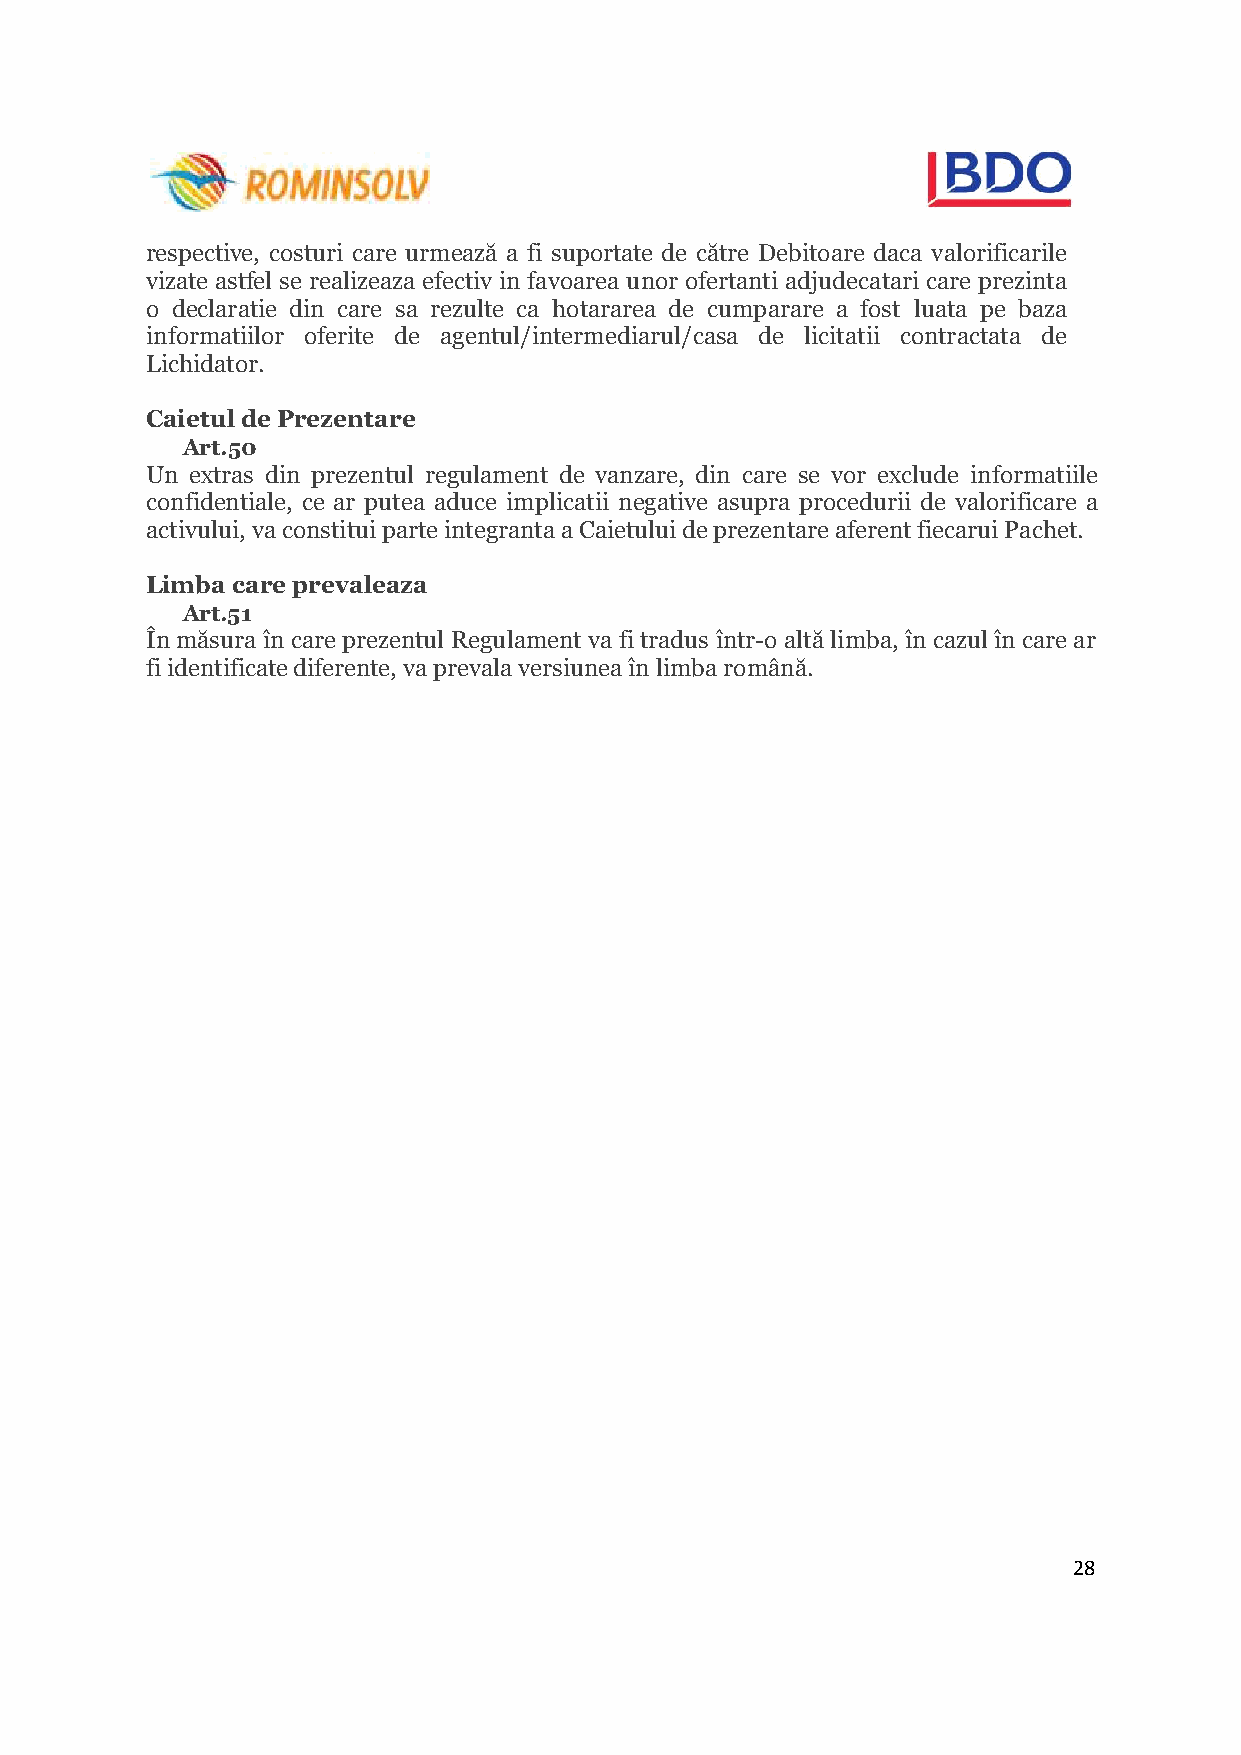
respective, costuri care urmează a fi suportate de către Debitoare daca valorificarile
 vizate astfel se realizeaza efectiv in favoarea unor ofertanti adjudecatari care prezinta
 o declaratie din care sa rezulte ca hotararea de cumparare a fost luata pe baza
 informatiilor oferite de agentul/intermediarul/casa de licitatii contractata de
 Lichidator.
 Caietul de Prezentare
 Art.50
 Un extras din prezentul regulament de vanzare, din care se vor exclude informatiile
 confidentiale, ce ar putea aduce implicatii negative asupra procedurii de valorificare a
 activului, va constitui parte integranta a Caietului de prezentare aferent fiecarui Pachet.
 Limba care prevaleaza
 Art.51
 În măsura în care prezentul Regulament va fi tradus într-o altă limba, în cazul în care ar
 fi identificate diferente, va prevala versiunea în limba română.
 28